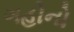
ગહોનો